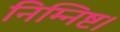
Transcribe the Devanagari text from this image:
निम्निष्ट।